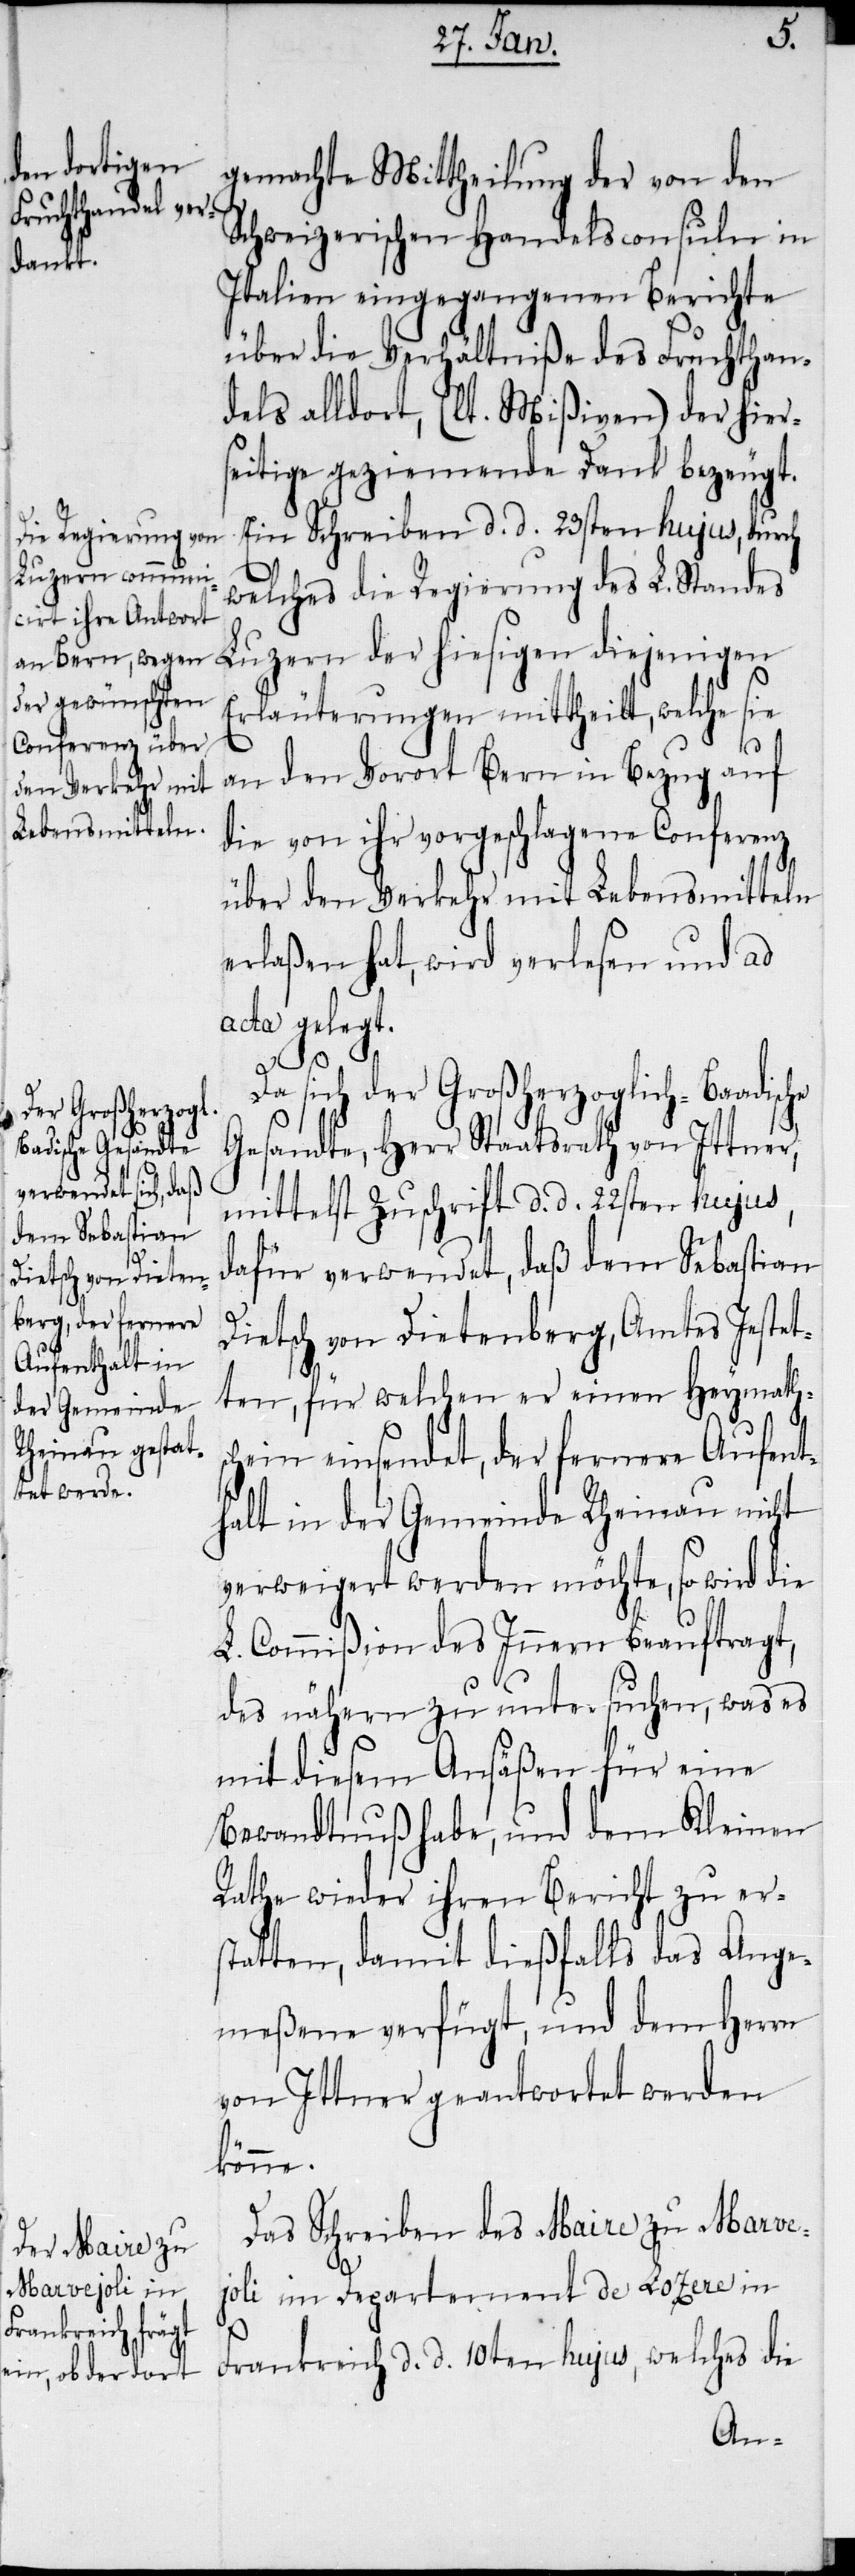
gemachte Mittheilung der von den
Schweizerischen Handelsconsuln in
Italien eingegangenen Berichte
über die Verhältniße des Fruchthan¬
dels alldort, (lt. Mißiven) der hiers¬
eitige geziemende Dank bezeugt.
Ein Schreiben d. d. 23sten hujus, durch
welches die Regierung des L. Standes
Luzern der hiesigen diejenigen
Erläuterungen mittheilt, welche sie
an den Vorort Bern in Bezug auf
die von ihr vorgeschlagene Conferenz
über den Verkehr mit Lebensmitteln
erlaßen hat, wird verlesen und ad
acta gelegt.
Da sich der Großherzoglich-Badische
Gesandte, Herr Staatsrath von Ittner,
mittelst Zuschrift d. d. 22sten hujus,
dafür verwendet, daß dem Sebastian
Dietsch von Dietenberg, Amtes Jestet¬
ten, für welchen er einen Heymathsc¬
hein einsendet, der fernere Aufent¬
halt in der Gemeinde Rheinau nicht
verweigert werden möchte, so wird die
L. Commißion des Innern beauftragt,
des nähern zu untersuchen, was es
mit diesem Ansäßen für eine
Bewandtnuß habe, und dem Kleinen
Rathe wieder ihren Bericht zu er¬
statten, damit dießfalls das Ange¬
meßene verfügt, und dem Herrn
von Ittner geantwortet werden
könne.
Das Schreiben des Maire zu Marve¬
joli im Departement de Lozere in
Frankreich d. d. 10ten hujus, welches die